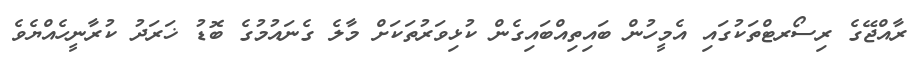
ރާއްޖޭގެ ރިސޯރޓްތަކުގައި އެމީހުން ބައިތިއްބައިގެން ކުޅިވަރުތަކަށް މާލެ ގެނައުމުގެ ބޮޑު ޚަރަދު ކުރާނީހެއްޔެވެ